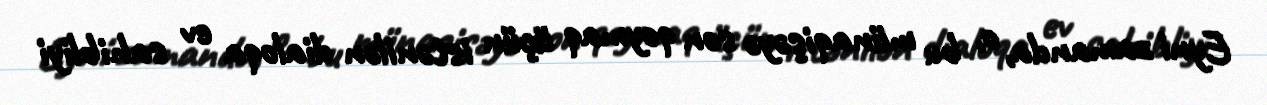
Eyni zamanda, o, bu münaqişəyə son qoymaq üçün istənilən dialoqa ev sahibliyi